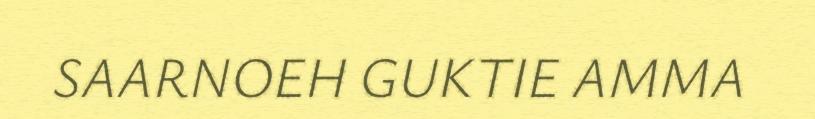
SAARNOEH GUKTIE AMMA